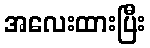
အလေးထားပြီး